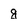
Character: g